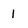
Character: I